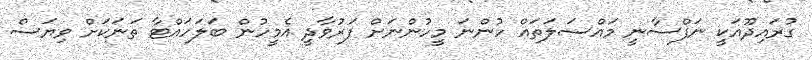
ގުރައިދޫއަކީ ނަފްސާނީ މައްސަލަތައް ހުންނަ މީހުންނަށް ފަރުވާދީ އެމީހުން ބަލަހައްޓާ ތަނަަކަށް ވިޔަސް